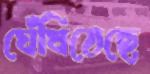
ঘেঁষিতেছে